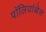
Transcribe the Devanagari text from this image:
पॉलियांथेस